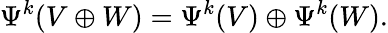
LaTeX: \Psi^{k}(V\oplus W)=\Psi^{k}(V)\oplus\Psi^{k}(W).